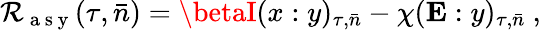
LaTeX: \mathcal{R}_{\mathrm{{~a~s~y~}}}(\tau,\bar{{n}})=\betaI(x:y)_{\tau,\bar{{n}}}-\chi(\mathbf{{E}}:y)_{\tau,\bar{{n}}}~,